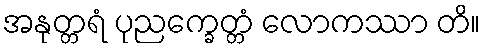
အနုတ္တရံ ပုညက္ခေတ္တံ လောကဿာ တိ။